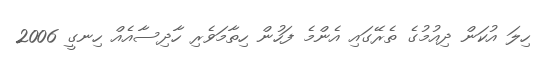
ހިލަ އުކަން ދިއުމުގެ ތެރޭގައި އެންމެ ފަހުން ހިތާމަވެރި ހާދިސާއެއް ހިނގީ 2006